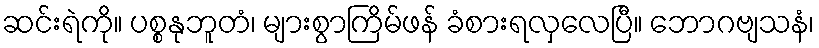
ဆင်းရဲကို။ ပစ္စနုဘူတံ၊ များစွာကြိမ်ဖန် ခံစားရလှလေပြီ။ ဘောဂဗျသနံ၊